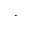
\boldsymbol { \cdot }